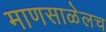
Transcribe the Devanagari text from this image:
माणसाळेलच